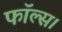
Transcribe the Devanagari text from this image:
फॉल्स।